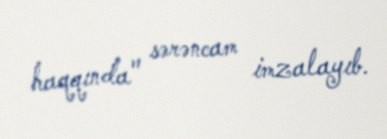
haqqında" sərəncam imzalayıb.